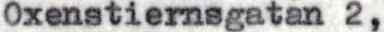
Oxenstiernsgatan 2,